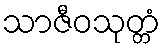
သာဇီဝသုတ္တံ